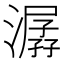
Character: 潺